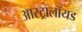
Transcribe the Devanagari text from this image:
आस्ट्रालॉयड